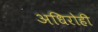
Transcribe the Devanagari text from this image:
अधिरोही